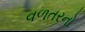
વળતરનો